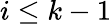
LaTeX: i\leq k-1